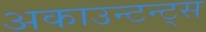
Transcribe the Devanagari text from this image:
अकाउन्टन्ट्स